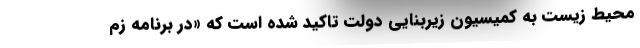
محیط زیست به کمیسیون زیربنایی دولت تاکید شده است که «در برنامه زم